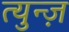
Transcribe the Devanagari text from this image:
त्युन्ज़